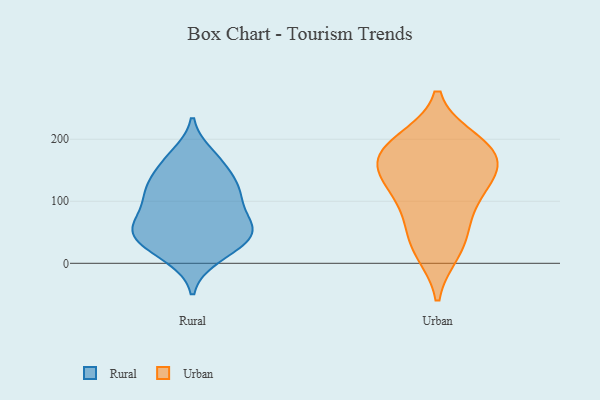
{"axis": {"x": "Energy Usage (MWh)", "y": "Value"}, "legend": ["Rural", "Urban"], "data": [{"x": "", "y": 55, "type": "Rural"}, {"x": "", "y": 161, "type": "Rural"}, {"x": "", "y": 50, "type": "Rural"}, {"x": "", "y": 67, "type": "Rural"}, {"x": "", "y": 164, "type": "Rural"}, {"x": "", "y": 30, "type": "Rural"}, {"x": "", "y": 125, "type": "Rural"}, {"x": "", "y": 64, "type": "Rural"}, {"x": "", "y": 52, "type": "Rural"}, {"x": "", "y": 174, "type": "Rural"}, {"x": "", "y": 10, "type": "Rural"}, {"x": "", "y": 102, "type": "Rural"}, {"x": "", "y": 42, "type": "Rural"}, {"x": "", "y": 121, "type": "Rural"}, {"x": "", "y": 127, "type": "Rural"}, {"x": "", "y": 15, "type": "Rural"}, {"x": "", "y": 114, "type": "Rural"}, {"x": "", "y": 50, "type": "Rural"}, {"x": "", "y": 97, "type": "Rural"}, {"x": "", "y": 33, "type": "Urban"}, {"x": "", "y": 196, "type": "Urban"}, {"x": "", "y": 162, "type": "Urban"}, {"x": "", "y": 21, "type": "Urban"}, {"x": "", "y": 174, "type": "Urban"}, {"x": "", "y": 109, "type": "Urban"}, {"x": "", "y": 121, "type": "Urban"}, {"x": "", "y": 189, "type": "Urban"}, {"x": "", "y": 70, "type": "Urban"}, {"x": "", "y": 139, "type": "Urban"}, {"x": "", "y": 173, "type": "Urban"}]}